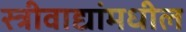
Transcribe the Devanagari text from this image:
स्त्रीवाद्यांमधील